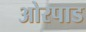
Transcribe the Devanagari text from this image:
ओरपाड